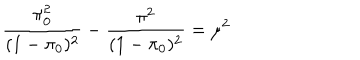
LaTeX: \frac { \pi _ { 0 } ^ { 2 } } { ( 1 - \pi _ { 0 } ) ^ { 2 } } - \frac { \pi ^ { 2 } } { ( 1 - \pi _ { 0 } ) ^ { 2 } } = \mu ^ { 2 }